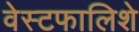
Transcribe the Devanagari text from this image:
वेस्टफालिशे